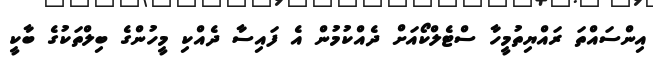
އިންސައްތަ ރައްޔިތުމީހާ ސްޓެލްކޯއަށް ދެއްކުމުން އެ ފައިސާ ދެއްކި މީހުންގެ ބިލްތަކުގެ ބާކީ